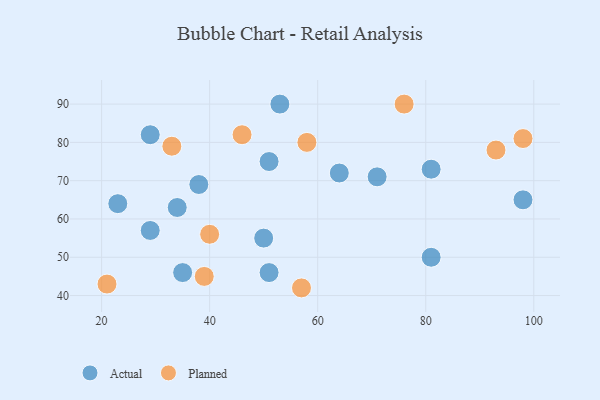
{"axis": {"x": "GDP", "y": "Life Expectancy"}, "legend": ["Actual", "Planned"], "data": [{"x": "51", "y": 75, "type": "Actual"}, {"x": "81", "y": 50, "type": "Actual"}, {"x": "53", "y": 90, "type": "Actual"}, {"x": "23", "y": 64, "type": "Actual"}, {"x": "98", "y": 65, "type": "Actual"}, {"x": "35", "y": 46, "type": "Actual"}, {"x": "29", "y": 57, "type": "Actual"}, {"x": "51", "y": 46, "type": "Actual"}, {"x": "34", "y": 63, "type": "Actual"}, {"x": "81", "y": 73, "type": "Actual"}, {"x": "29", "y": 82, "type": "Actual"}, {"x": "64", "y": 72, "type": "Actual"}, {"x": "50", "y": 55, "type": "Actual"}, {"x": "71", "y": 71, "type": "Actual"}, {"x": "38", "y": 69, "type": "Actual"}, {"x": "93", "y": 78, "type": "Planned"}, {"x": "21", "y": 43, "type": "Planned"}, {"x": "58", "y": 80, "type": "Planned"}, {"x": "98", "y": 81, "type": "Planned"}, {"x": "40", "y": 56, "type": "Planned"}, {"x": "39", "y": 45, "type": "Planned"}, {"x": "76", "y": 90, "type": "Planned"}, {"x": "46", "y": 82, "type": "Planned"}, {"x": "33", "y": 79, "type": "Planned"}, {"x": "57", "y": 42, "type": "Planned"}]}